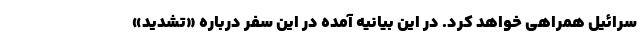
سرائیل همراهی خواهد کرد. در این بیانیه آمده در این سفر درباره «تشدید»